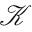
\mathcal { K }